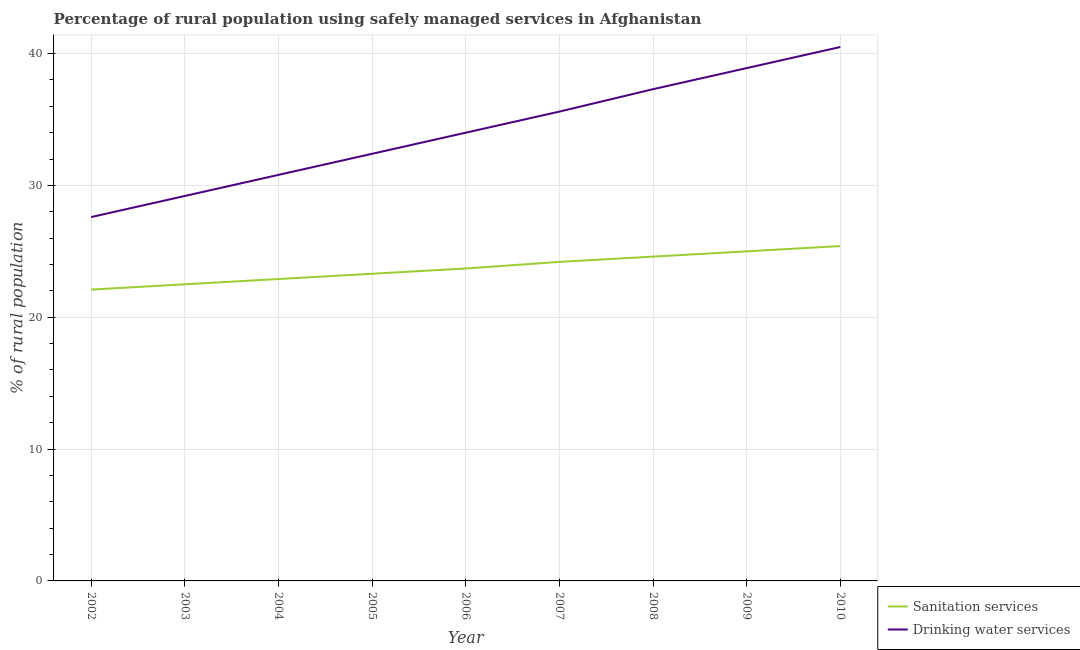
| Year | Sanitation services | Drinking water services |
 | --- | --- | --- |
 | 2002 | 22.1 | 27.6 |
 | 2003 | 22.5 | 29.2 |
 | 2004 | 22.9 | 30.8 |
 | 2005 | 23.3 | 32.4 |
 | 2006 | 23.7 | 34 |
 | 2007 | 24.2 | 35.6 |
 | 2008 | 24.6 | 37.3 |
 | 2009 | 25 | 38.9 |
 | 2010 | 25.4 | 40.5 |